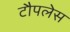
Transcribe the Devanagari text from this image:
टौपलेस